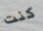
كنت